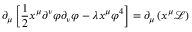
\partial _ { \mu } \left[ { \frac { 1 } { 2 } } x ^ { \mu } \partial ^ { \nu } \varphi \partial _ { \nu } \varphi - \lambda x ^ { \mu } \varphi ^ { 4 } \right] = \partial _ { \mu } \left( x ^ { \mu } { \mathcal { L } } \right)